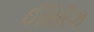
ઈસિરિઝ